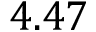
4 . 4 7